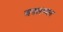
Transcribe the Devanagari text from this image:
अवलम्वन